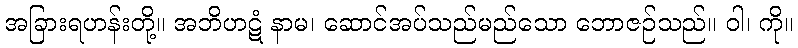
အခြားရဟန်းတို့။ အဘိဟဋံ နာမ၊ ဆောင်အပ်သည်မည်သော ဘောဇဉ်သည်။ ဝါ၊ ကို။